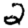
Digit: 2